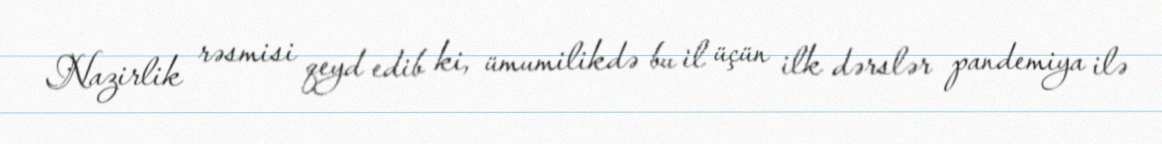
Nazirlik rəsmisi qeyd edib ki, ümumilikdə bu il üçün ilk dərslər pandemiya ilə